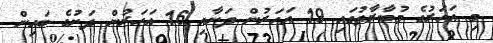
މި އަހަރުގެ މުބާރާތުގައި 19 އަހަރުން ދަށާއި 16 އަހަރުން ދަށުގެ ބައިން